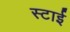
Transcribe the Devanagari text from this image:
स्टाई